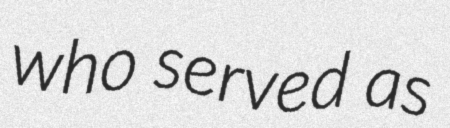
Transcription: who served as